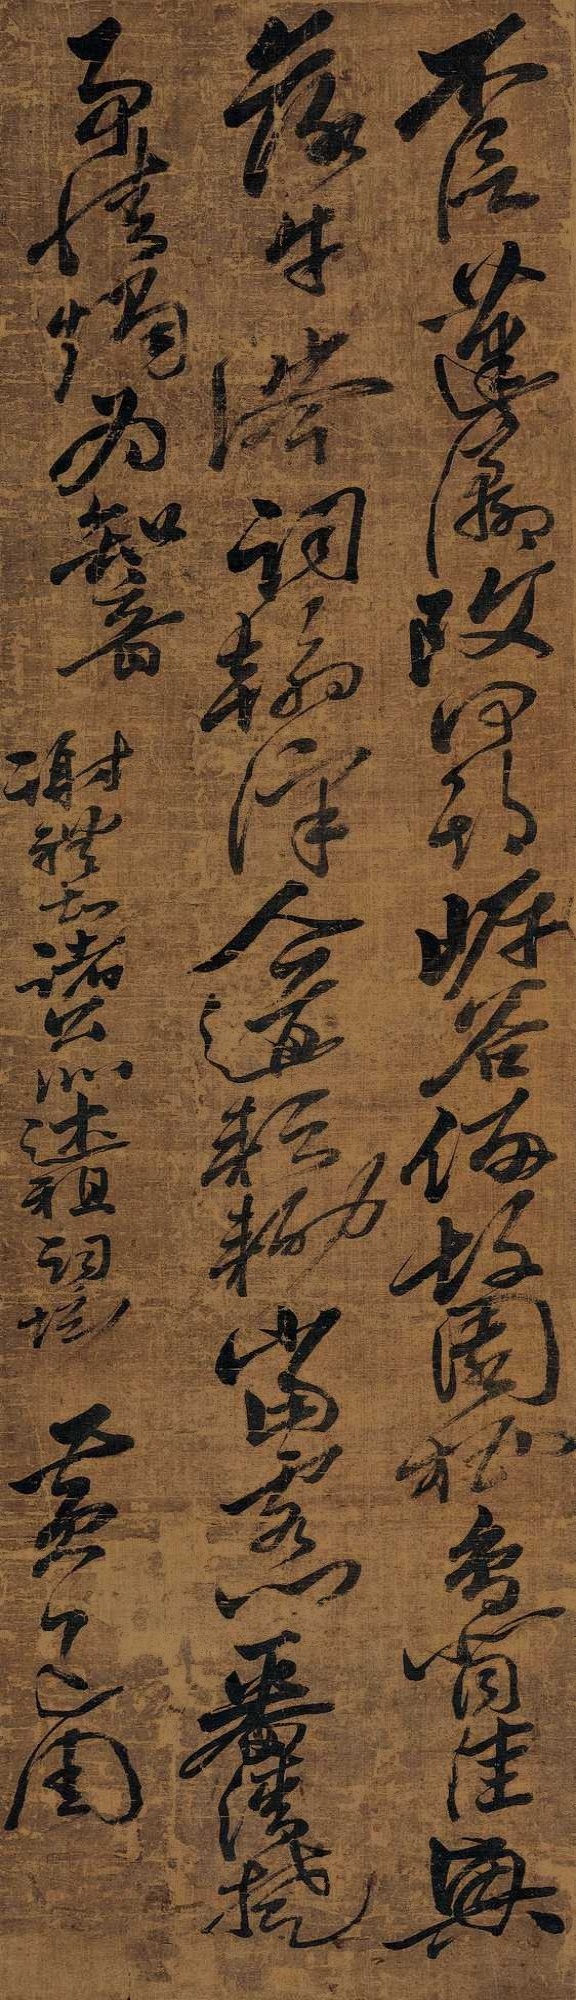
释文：不信蓬瀛改，何期岸谷侵。故园栖鸟背，佳兴落牛涔。词翰滓人道，耕锄洒客心。一番清楚事，情竭为知音。谢礼知诸公述祖词坛。黄道周。